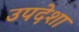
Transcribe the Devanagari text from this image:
उपदेशा